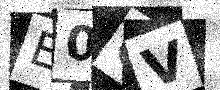
Text: E0CV